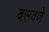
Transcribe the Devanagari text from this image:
वसवणे